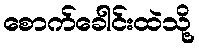
စောက်ခေါင်းထဲသို့